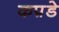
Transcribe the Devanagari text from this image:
कप़डे